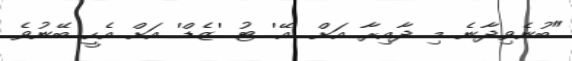
"ބުނެވިދާނެ މި ދާއިރާ އަށް 'އޭ' ޓު 'ޒެޑް' އަށް އެހީ ބޭނުވެ